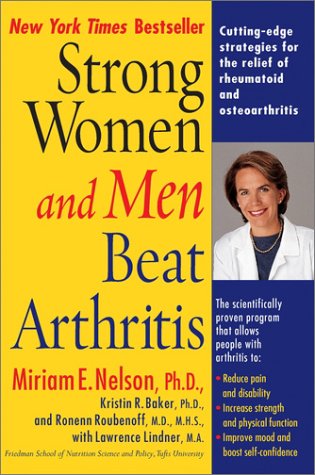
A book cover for Strong Women and Men Beat Arthritis; Miriam E. Nelson Ph.D; Health, Fitness & Dieting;